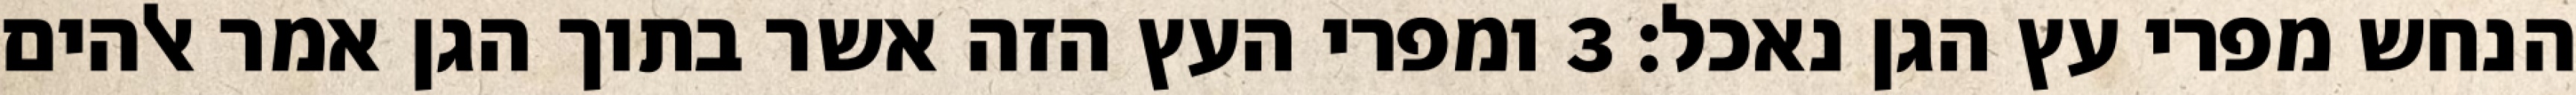
הנחש מפרי עץ הגן נאכל׃ ‎3‏ ומפרי העץ הזה אשר בתוך הגן אמר אלהים